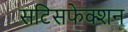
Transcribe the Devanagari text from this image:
सटिसफेक्शन